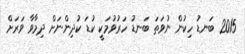
2015 ބަނޑު ހިކުން ނުވަތަ ބަނޑު ހަރުވުމަކީ ކުޑަ ކުދިންނަށް ދިމާވާ ވަރަށް